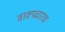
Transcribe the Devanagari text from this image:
वाक्प्रचारच